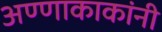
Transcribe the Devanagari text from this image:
अण्णाकाकांनी